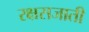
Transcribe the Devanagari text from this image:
रक्षसजाती